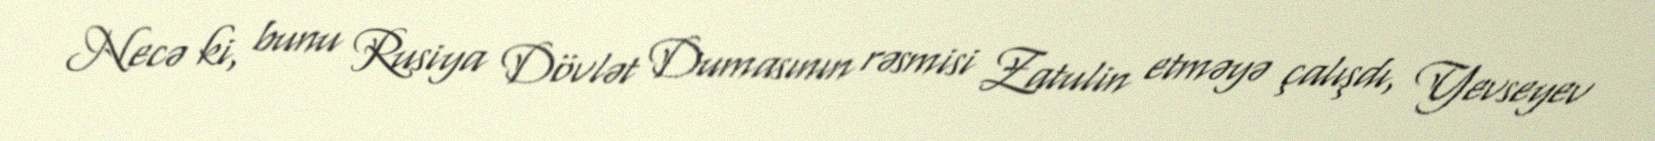
Necə ki, bunu Rusiya Dövlət Dumasının rəsmisi Zatulin etməyə çalışdı, Yevseyev